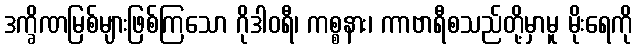
ဒက္ခိဏမြစ်များဖြစ်ကြသော ဂိုဒါဝရီ၊ ကစ္စနား၊ ကာဗာရီစသည်တို့မှာမူ မိုးရေကို